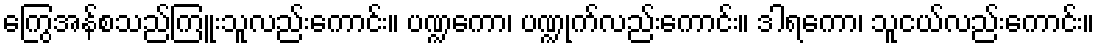
ကြွေအန်စသည်ကြူးသူလည်းကောင်း။ ပဏ္ဍကော၊ ပဏ္ဍုက်လည်းကောင်း။ ဒါရကော၊ သူငယ်လည်းကောင်း။